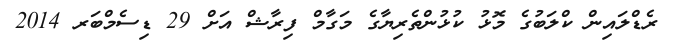
ރެޑްލައިން ކްލަބުގެ މޮޅު ކުޅުންތެރިޔާގެ މަގާމް ފިރާޝް އަށް 29 ޑިސެމްބަރ 2014